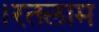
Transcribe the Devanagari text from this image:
।रतलाम